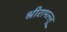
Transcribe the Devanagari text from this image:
श्रीरामल्लू